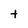
Character: t